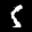
Label: 5